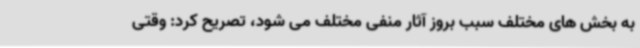
به بخش های مختلف سبب بروز آثار منفی مختلف می شود، تصریح کرد: وقتی